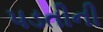
પડતીની